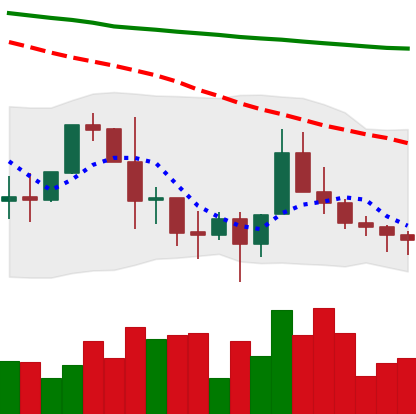
Ticker: XLM-USD
Chart end date: 2022-01-18
Forward return: -21.161%
Label: down_7plus